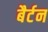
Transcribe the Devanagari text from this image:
बैर्टन